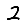
Digit: 2